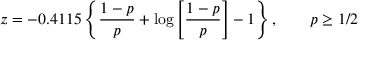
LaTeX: z = - 0 . 4 1 1 5 \left\{ { \frac { 1 - p } { p } } + \log \left[ { \frac { 1 - p } { p } } \right] - 1 \right\} , \qquad p \geq 1 / 2